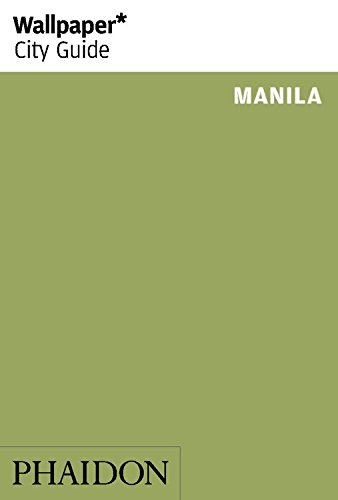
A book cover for Wallpaper* City Guide Manila (Wallpaper City Guides); Travel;